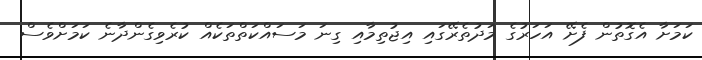
ކަމަށާ އެގޮތުން ފެށޭ އަހަރުގެ މަދުތެރޭގައި އިޖުތިމާއި ގިނަ މަސައްކަތްތަކެއް ކުރެވިގެންދާނެ ކަމަށްވެސް